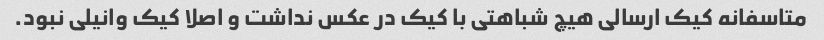
متاسفانه کیک ارسالی هیچ شباهتی با کیک در عکس نداشت و اصلا کیک وانیلی نبود.